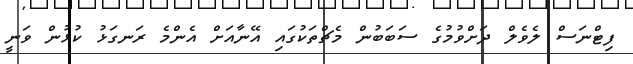
ފިޓްނަސް ލެވެލް ދަށްވުމުގެ ސަބަބުން މެޗްތަކުގައި އޭނާއަށް އެންމެ ރަނގަޅު ކުޅުން ވަނީ